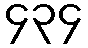
၄၃၄